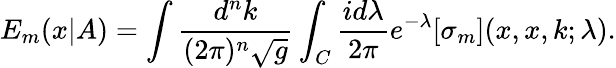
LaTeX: E_{m}(x|A)=\int\frac{d^{n}k}{(2\pi)^{n}\sqrt{g}}\int_{C}\frac{id\lambda}{2\pi}e^{-\lambda}[\sigma_{m}](x,x,k;\lambda).